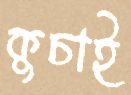
কুচাই